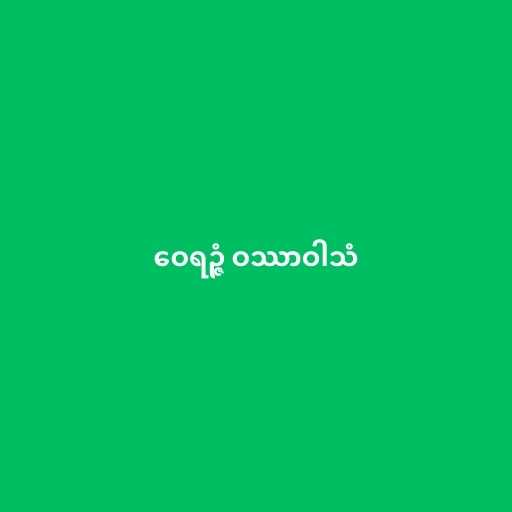
ဝေရဉ္ဇံ ဝဿာဝါသံ